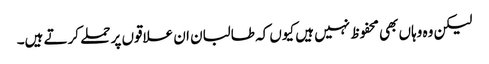
لیکن وہ وہاں بھی محفوظ نہیں ہیں کیوں کہ طالبان ان علاقوں پر حملے کرتے ہیں۔